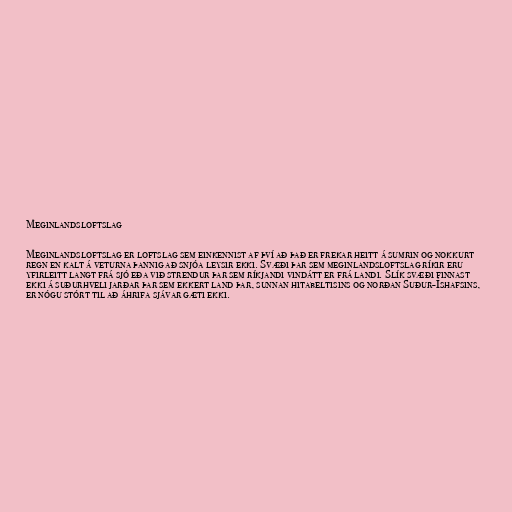
Meginlandsloftslag

Meginlandsloftslag er loftslag sem einkennist af því að það er frekar heitt á sumrin og nokkurt
regn en kalt á veturna þannig að snjóa leysir ekki. Svæði þar sem meginlandsloftslag ríkir eru
yfirleitt langt frá sjó eða við strendur þar sem ríkjandi vindátt er frá landi. Slík svæði finnast
ekki á suðurhveli jarðar þar sem ekkert land þar, sunnan hitabeltisins og norðan Suður-Íshafsins,
er nógu stórt til að áhrifa sjávar gæti ekki.